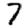
Digit: 7